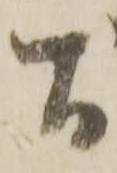
間